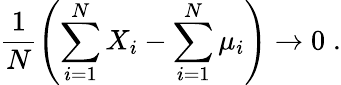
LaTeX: \frac{1}{N}\left(\sum_{i=1}^{N}X_{i}-\sum_{i=1}^{N}\mu_{i}\right)\to 0\; .